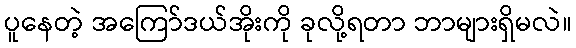
ပူနေတဲ့ အကြော်ဒယ်အိုးကို ခုလို့ရတာ ဘာများရှိမလဲ။